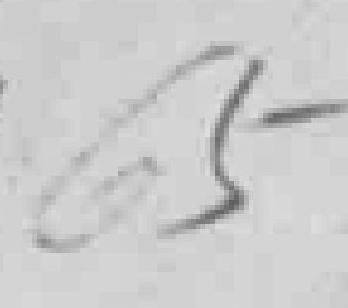
65